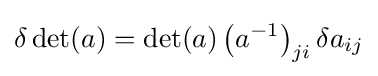
\delta \det(a)=\det(a)\left(a^{-1}\right)_{ji}\delta a_{ij}